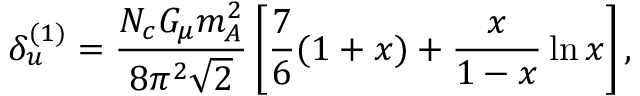
\delta _ { u } ^ { ( 1 ) } = \frac { N _ { c } G _ { \mu } m _ { A } ^ { 2 } } { 8 \pi ^ { 2 } \sqrt 2 } \left[ \frac { 7 } { 6 } ( 1 + x ) + \frac { x } { 1 - x } \ln x \right] ,